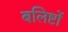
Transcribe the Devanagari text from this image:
बलिष्टों